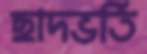
ছাদভর্তি